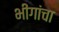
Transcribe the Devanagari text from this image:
भींगांचा